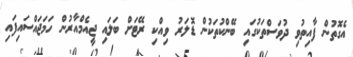
އެގޮތުން ފާއިތުވި ދުވަސްތަކުގައި ބޭންކުތަކުން ޑޮލަރު ވިއްކި ރޭޓަށް ބަލައި ޖީއެމްއާރުން ހަމަޖައްސައިފައި